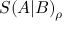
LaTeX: S ( A | B ) _ { \rho }